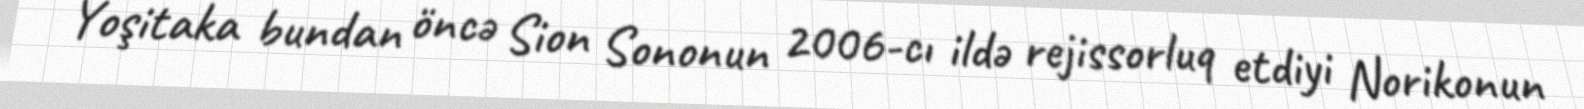
Yoşitaka bundan öncə Sion Sononun 2006-cı ildə rejissorluq etdiyi Norikonun